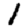
Digit: 1